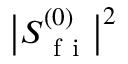
\big \lvert S _ { \mathrm { ~ f ~ i ~ } } ^ { ( 0 ) } \big \rvert ^ { 2 }